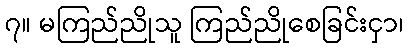
၇။ မကြည်ညိုသူ ကြည်ညိုစေခြင်းငှာ၊